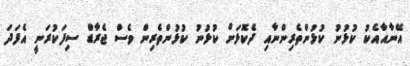
އޭނާއާއެކު ކުޅުނު ކުޅުންތެރިންނާއި ދެކޮޅަށް ކުޅުނު ކުޅުންތެރިން ވެސް ޖެރާޑް ސިފަކުރަނީ އެފަދަ